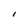
Character: I